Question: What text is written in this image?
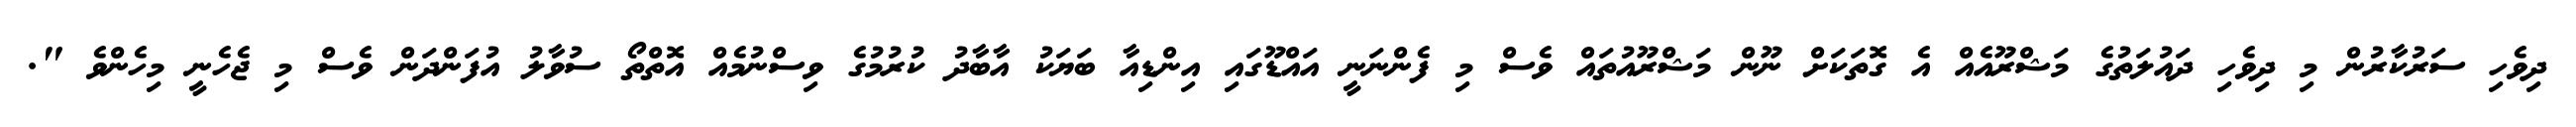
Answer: ދިވެހި ސަރުކާރުން މި ދިވެހި ދައުލަތުގެ މަޝްރޫއެއް އެ ގޮތަކަށް ނޫން މަޝްރޫއުތައް ވެސް މި ފެންނަނީ އައްޑޫގައި އިންޑިއާ ބަޔަކު އާބާދު ކުރުމުގެ ވިސްނުމެއް އޮތްތޯ ސުވާލު އުފަންދަން ވެސް މި ޖެހެނީ މިހެންވެ ".